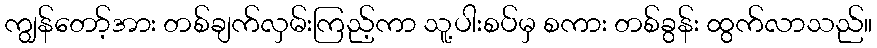
ကျွန်တော့်အား တစ်ချက်လှမ်းကြည့်ကာ သူ့ပါးစပ်မှ စကား တစ်ခွန်း ထွက်လာသည်။